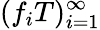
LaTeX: (f_{i}T)_{i=1}^{\infty}